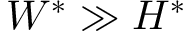
W ^ { * } \gg H ^ { * }